Trukikaitis_Postimees, lk 36
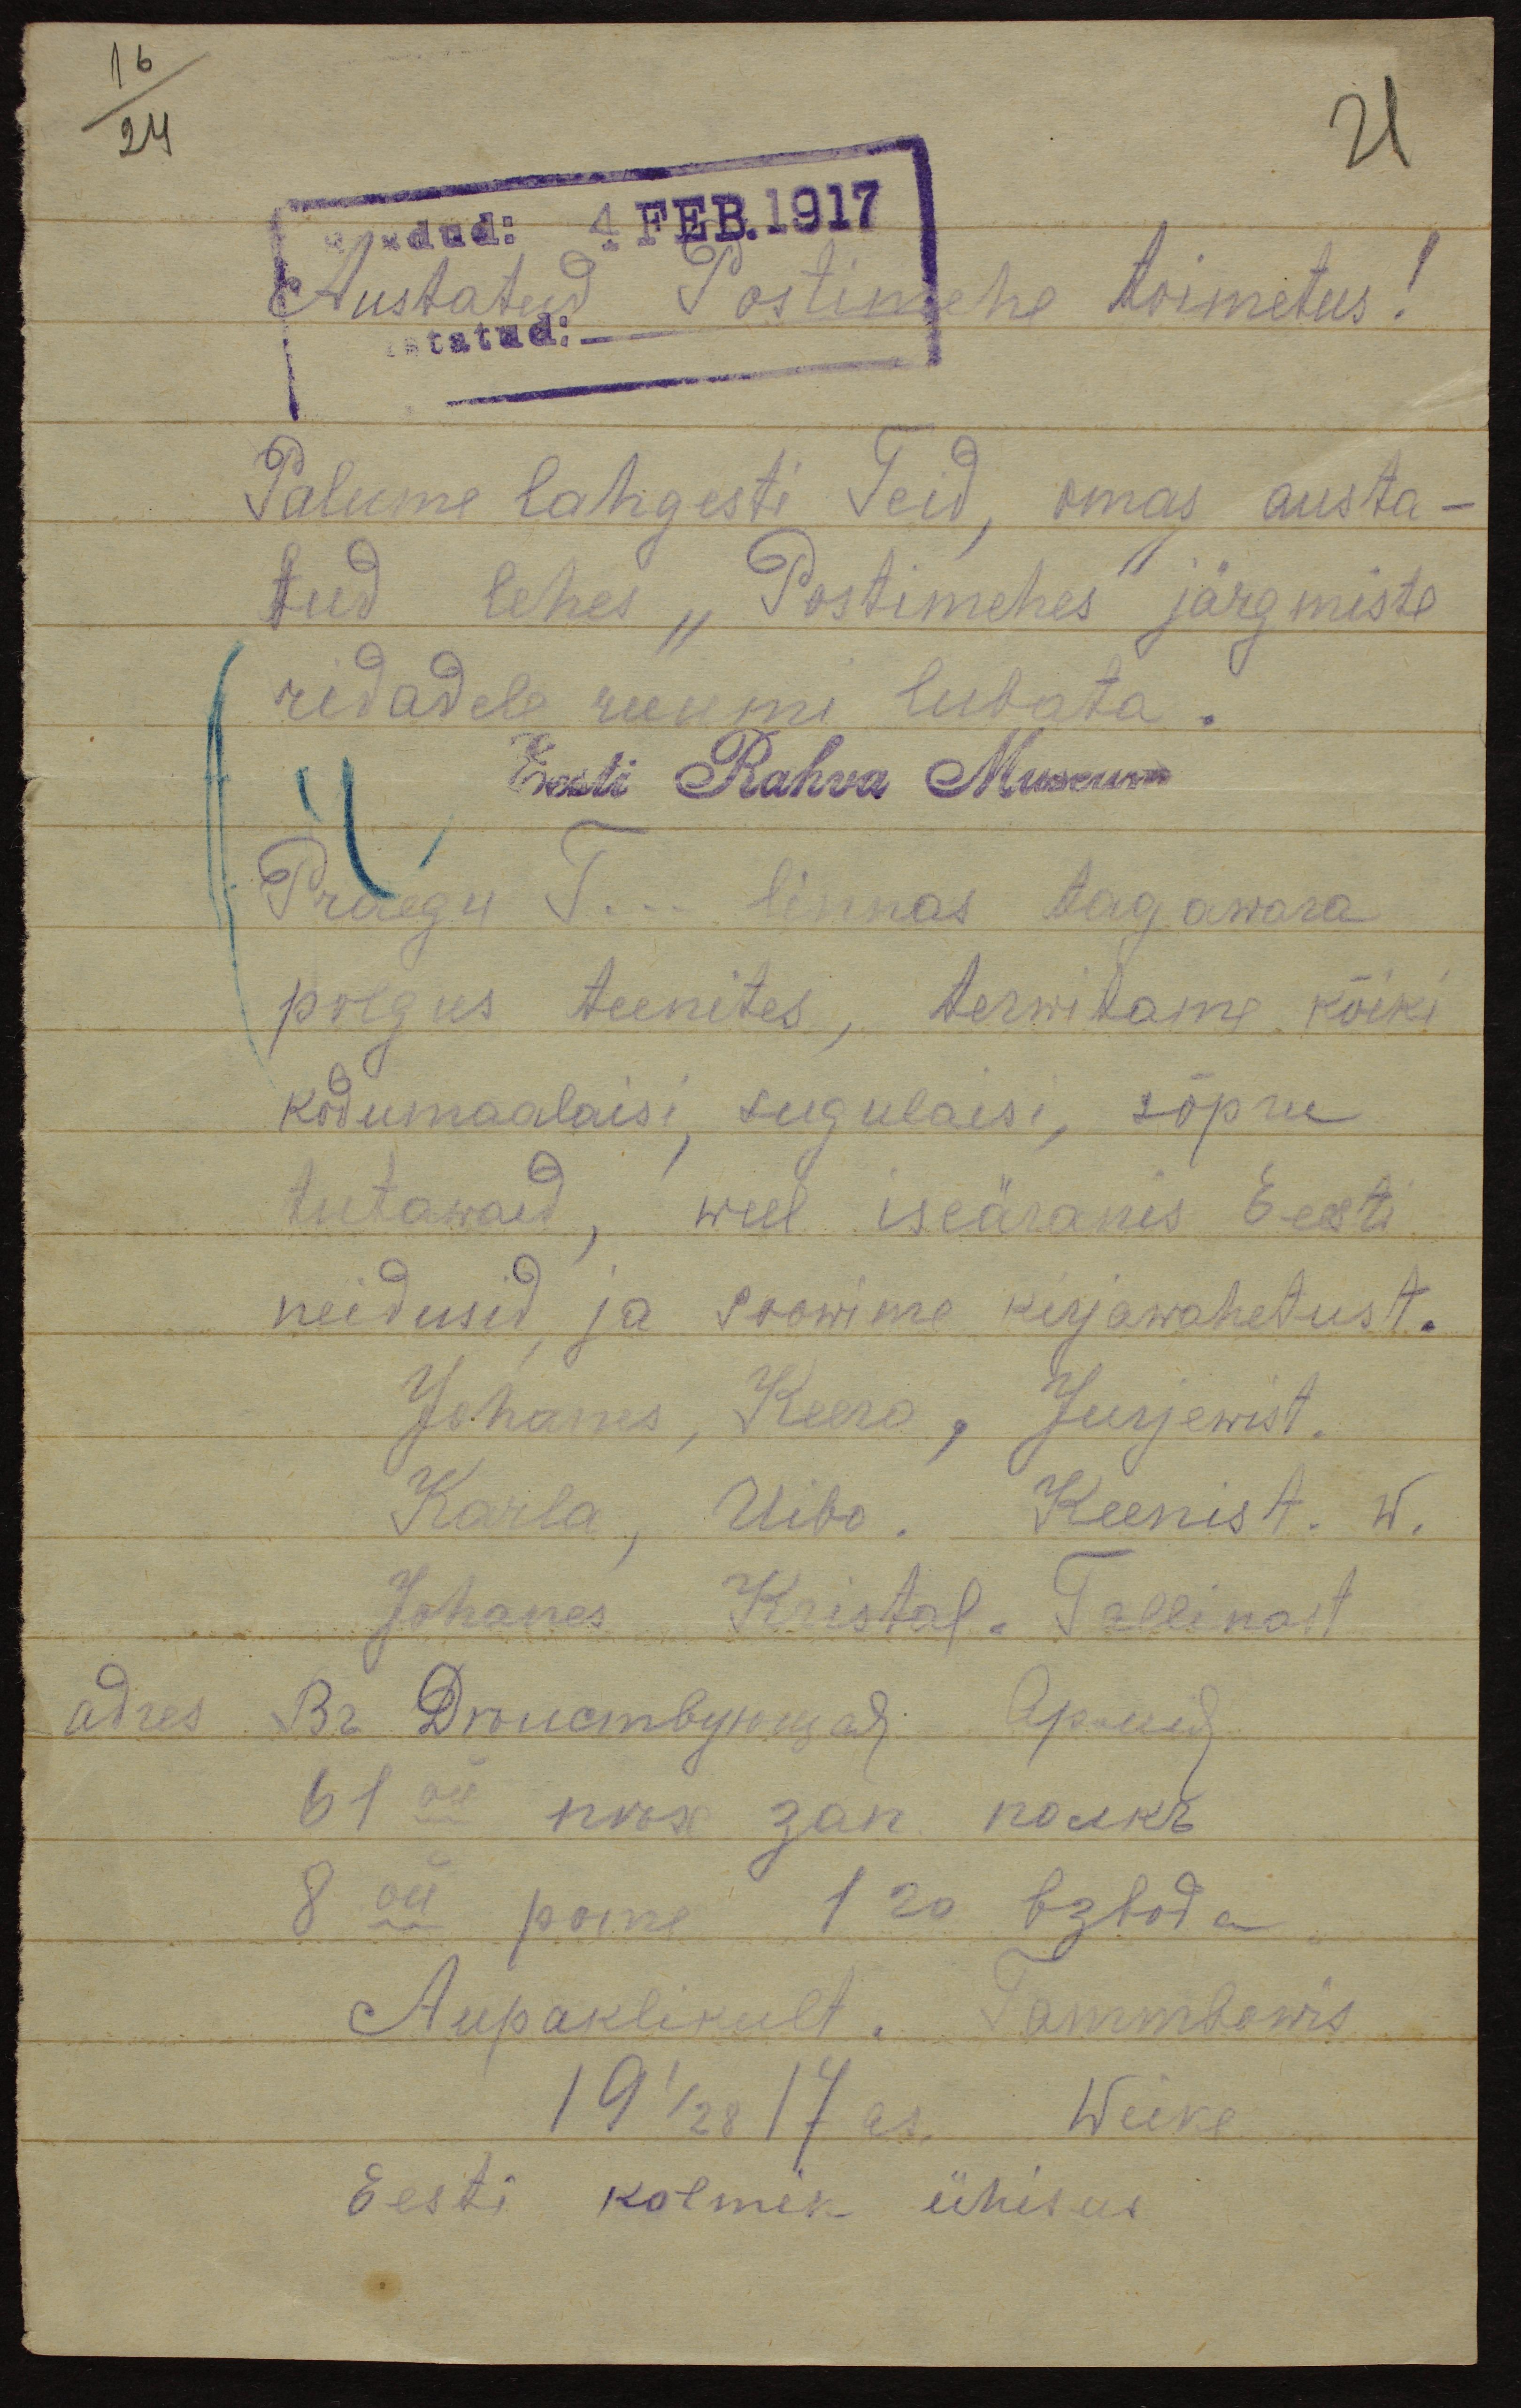
saadud: 4 FEB.1917
Austatud Postimehe toimetus!
tatud:
Palume lahgesti Teid, omas austa-
tud lehes "Postimehes" järgmiste
ridadele ruumi lubata.
Eesti Rahva Museum
Praegu T... linnas tagawara
polgus teenites, terwitama kõiki
kodumaalaisi, sugulaisi, sõpru
tutawaid, weel iseäranis Eesti
neidusid ja soowime kirjavahetust.
Johanes, Reero, Jurjewest.
Karla, Uibo. Keenist. W.
Johanes Kristal. Tallinast
adres. Br. Drouembyrongad. Ap. uud
19'28 17 as. Weike
Eesti kolmik ühisus